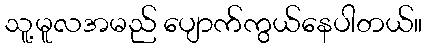
သူ့မူလအမည် ပျောက်ကွယ်နေပါတယ်။